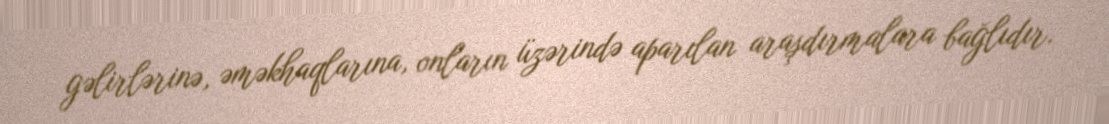
gəlirlərinə, əməkhaqlarına, onların üzərində aparılan araşdırmalara bağlıdır.